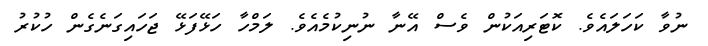
ނުވާ ކަހަލައެވެ. ކޮޓަރިއަކުން ވެސް އޭނާ ނުނިކުމެއެވެ. ލަމްހާ ހަޅޭފަޅޭ ޖަހައިގަނެގެން ހުކުރު